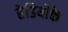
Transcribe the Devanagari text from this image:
रेडियोके